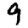
Digit: 9